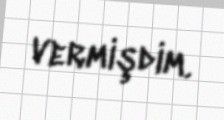
vermişdim.